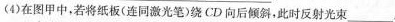
(4)在图甲中，若将纸板(连同激光笔)绕CD向后倾斜，此时反射光束___.